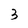
Character: 3